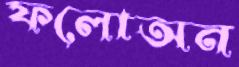
ফলোঅন